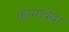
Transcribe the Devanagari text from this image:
कामावेदा